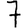
Digit: 7